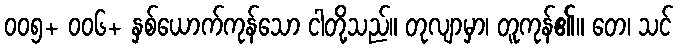
၀၀၅+ ၀၀၆+ နှစ်ယောက်ကုန်သော ငါတို့သည်။ တုလျာမှာ၊ တူကုန်၏။ တေ၊ သင်